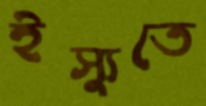
ইস্যুতে